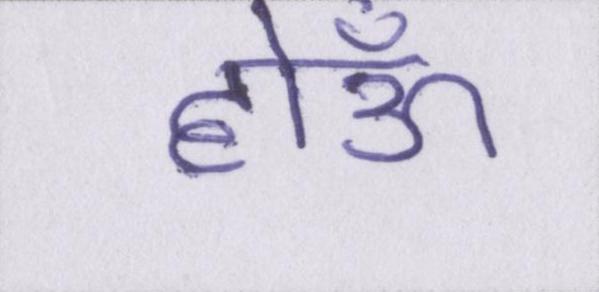
होऊँ